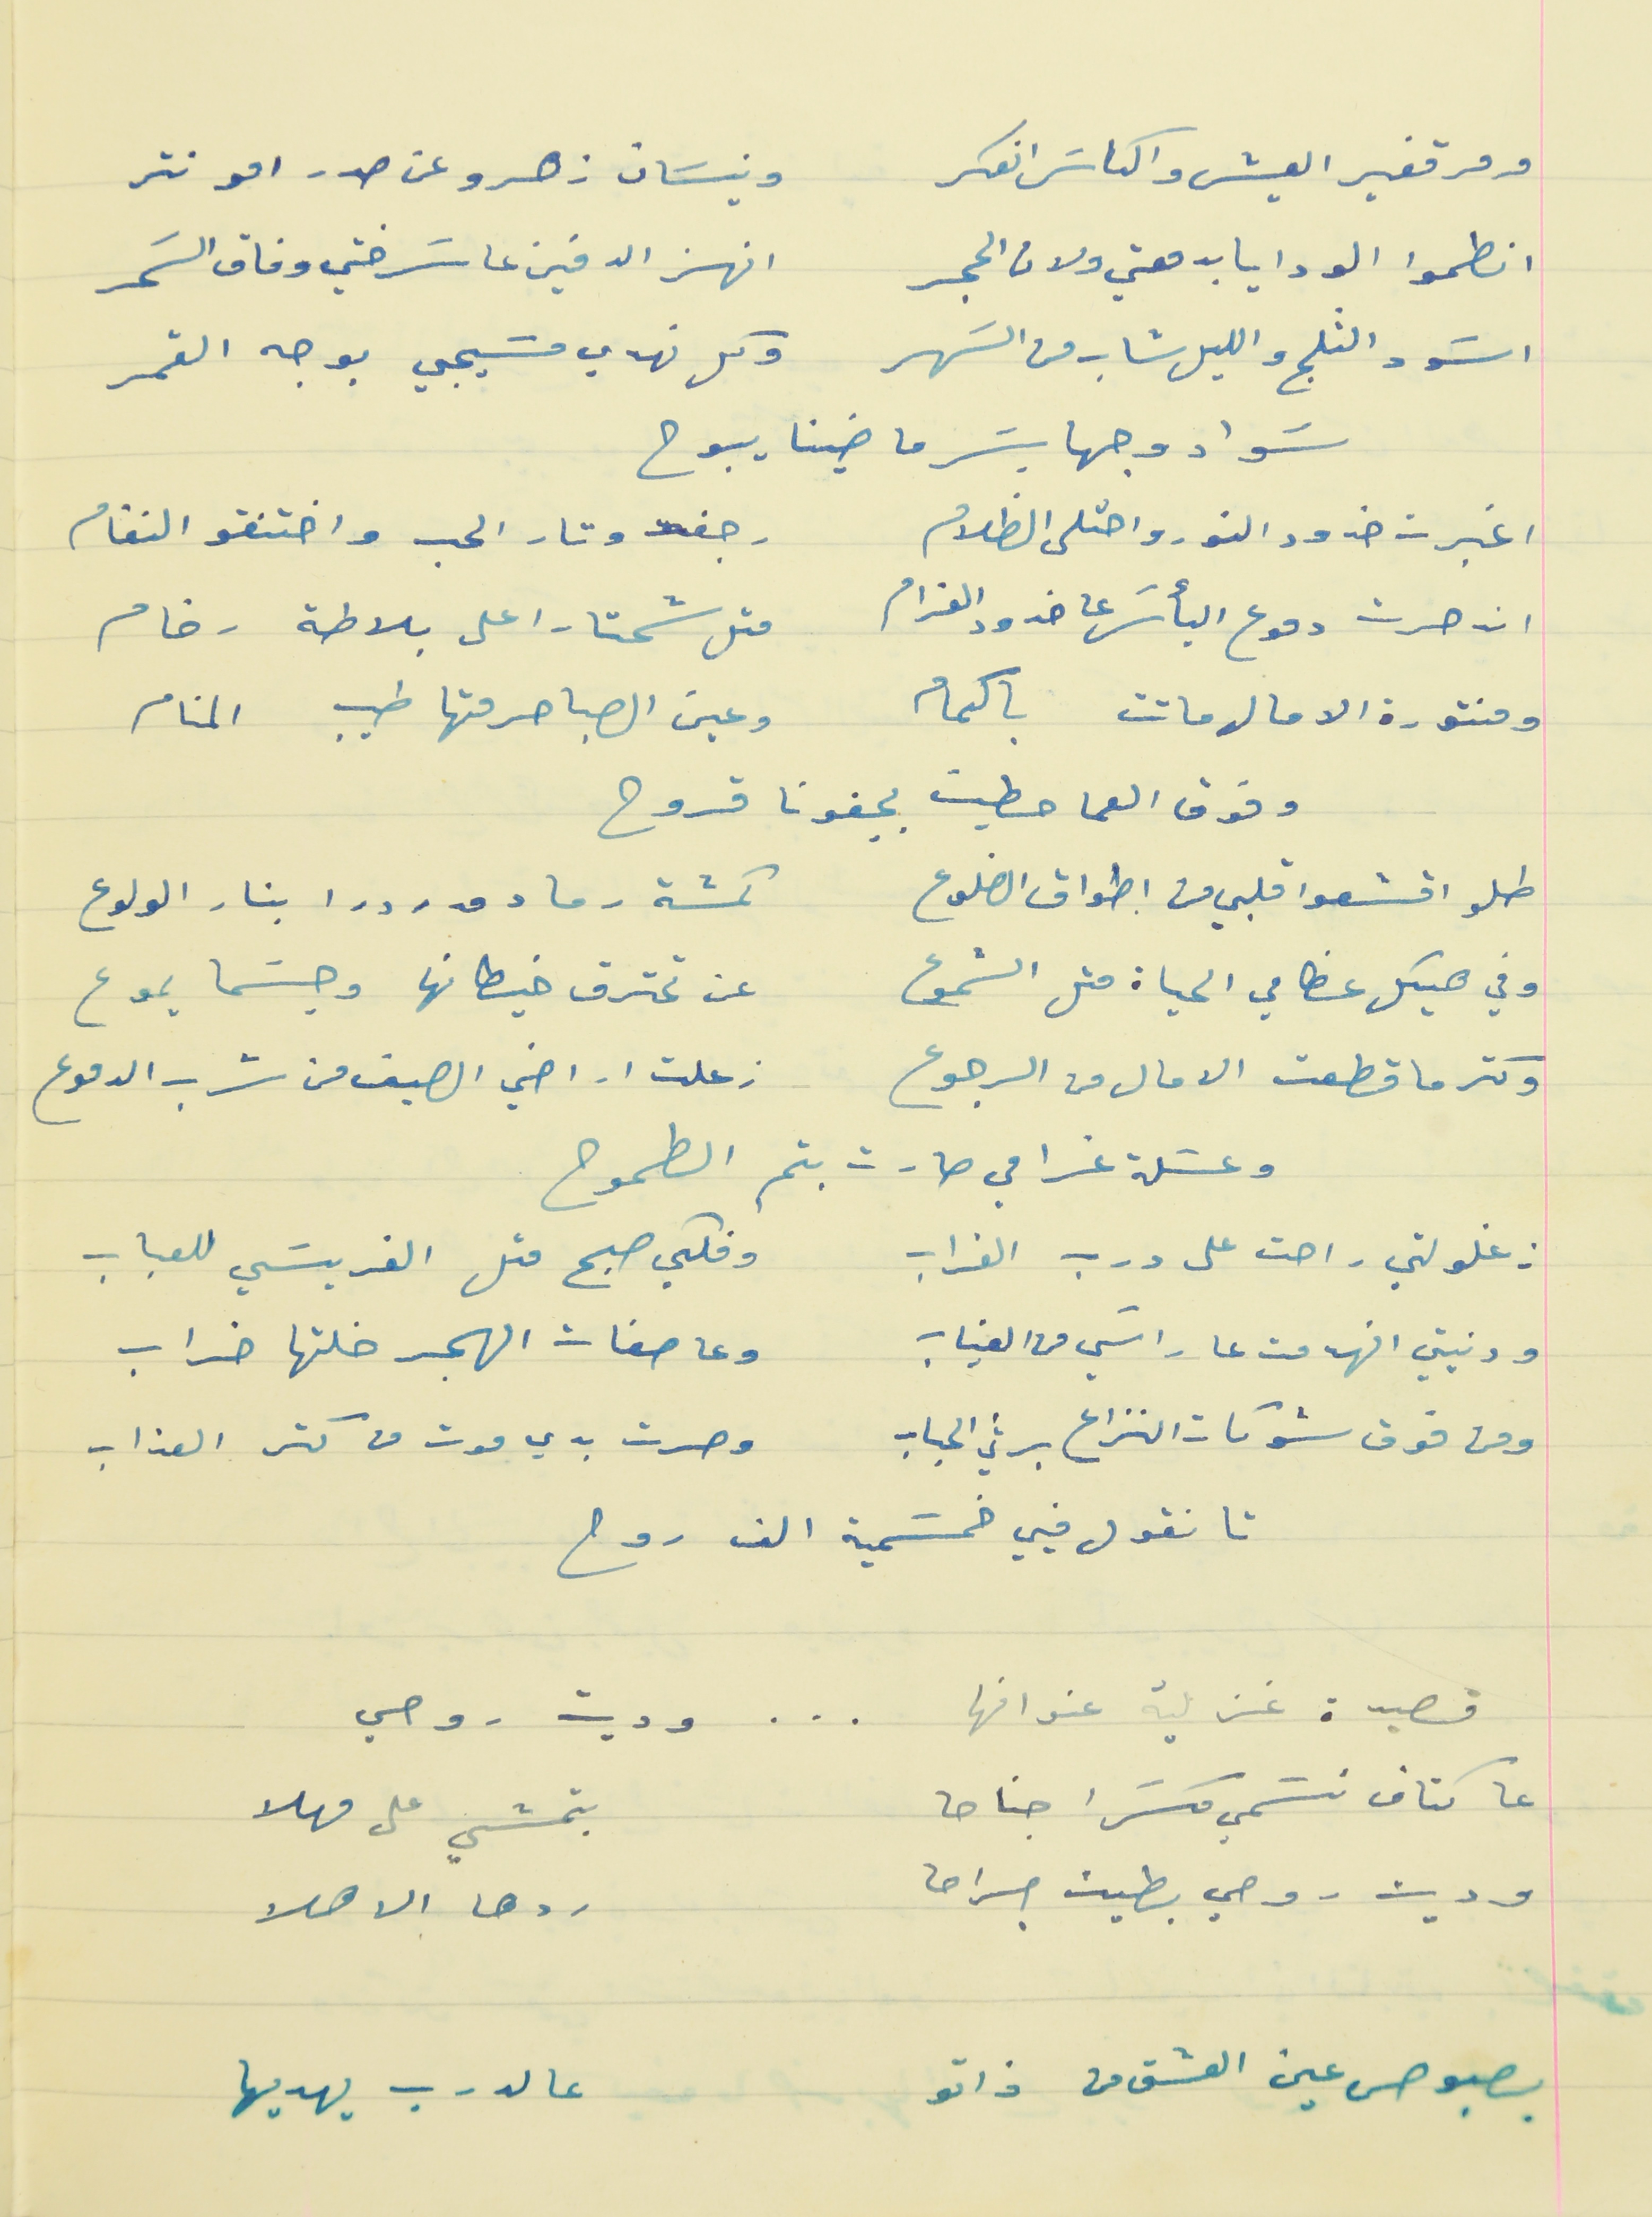
ومر قفير العيش والكاسَ انعكر                                ونيسَان زهرو عن صدر امو نتر
انطموا الودايا  بدمعتي ولان الحجر                           انهز الدفين عا سَرختي وفاق السَمر
اسَود الثلج والليل شاب من السَهر                             وكل نهدي مسَيجي بوجه القمر
سَواد وجها بسَر ماضينا يبوح
اغبرت خدود النور واحتلى الظلام                                 رجفت وتار الحب واختنقو النغام
انحسرت دموع اليأسَ على خدود الغرام                        متل شحتارا على بلاطة رخام
ومنتورة الامال ماتت باكمام                                      وعين الصبا  حرمتها طيب المنام
وفوق العما حطيت بجفونا قروح
طلو اقشعوا قلبي من اطواق الضلوع                        كمشة رماد مدردرا بنار الولوع
وفي هيكل عظامي الحياة متل الشموع                           عن تحترق خيطانها وجسَما يموع
وكتر ما قطعت الامال من الرجوع                                  زعلت اراضي الصيف من شرب الدموع
وعسَلة غرامي صارت بتم الطموح
زغلولتي راحت على درب الغراب                                  وفكي صبح متل الفريسَي للعباب
ودنيتي انهدمت عا راسَي من الغياب                              وعاصفات الهجر خلتها خراب
ومن فوق شوكات النزاع برثي الحباب                            وصرت بدي موت من كتر العذاب
تا نقول فيي خمسَمية الف روح
قصيدة غزلية عنوانها                       . . .                       وديت روحي
عا كتاف نسَمي كسَرا جناحا                                               بتمشي على مهلا
وديت روحي بطين جراها                                                     ردها الاهلا
بصبوص عين العشق من ذاتو                                                   عالدرب يهديها